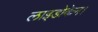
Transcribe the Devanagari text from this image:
लाइडोकेन।